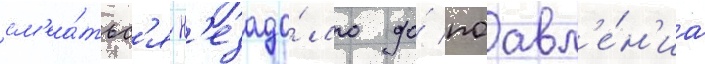
см'еа́тьс'я н'езадо́лго до́ поавл'е́н'иа